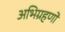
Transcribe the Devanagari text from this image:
अभिग्रहणों